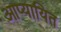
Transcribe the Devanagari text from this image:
आप्यायित